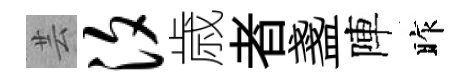
芸汐歳者盞陣昨